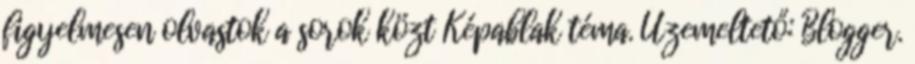
figyelmesen olvastok a sorok közt Képablak téma. Üzemeltető: Blogger.